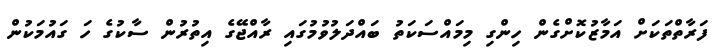
ފަރާތްތަކަށް އަމާޒުކޮށްގެން ހިންގި މިމައްސަކަތު ބައްދަލުވުމުގައި ރާއްޖޭގެ އިތުރުން ސާކުގެ ހަ ގައުމަކުން